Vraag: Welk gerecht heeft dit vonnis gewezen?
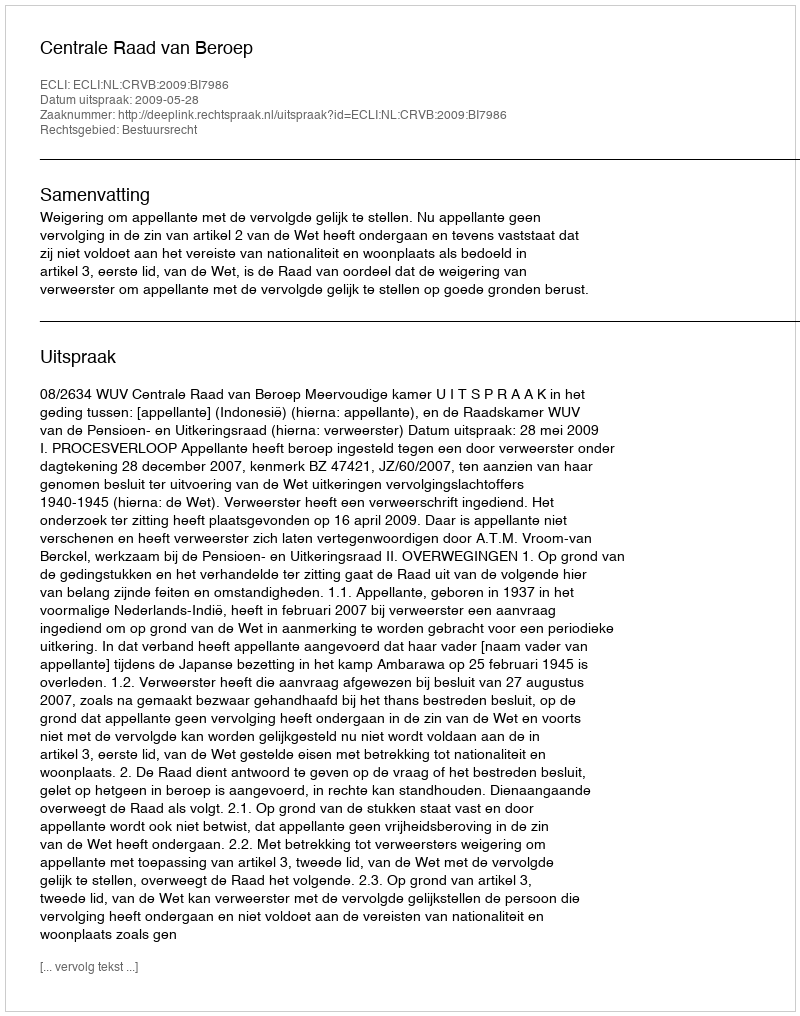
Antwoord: Centrale Raad van Beroep